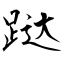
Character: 跶